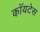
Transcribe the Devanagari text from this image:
कॉयटेस